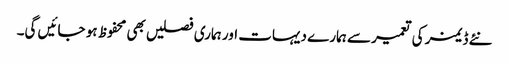
نئے ڈیمز کی تعمیر سے ہمارے دیہات اور ہماری فصلیں بھی محفوظ ہو جائیں گی۔